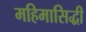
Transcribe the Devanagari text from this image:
महिमासिद्धी